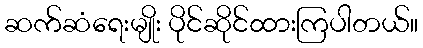
ဆက်ဆံရေးမျိုး ပိုင်ဆိုင်ထားကြပါတယ်။